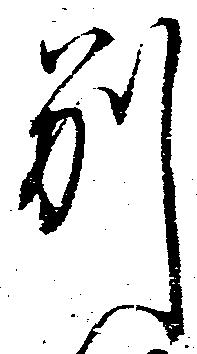
別